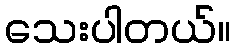
သေးပါတယ်။